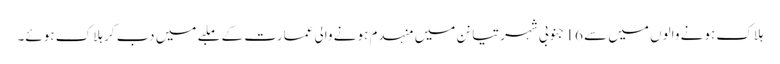
ہلاک ہونے والوں میں سے 16 جنوبی شہر تیانن میں منہدم ہونے والی عمارت کے ملبے میں دب کر ہلاک ہوئے۔